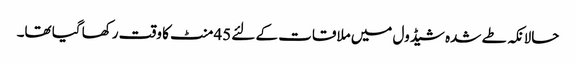
حالانکہ طے شدہ شیڈول میں ملاقات کے لئے 45منٹ کا وقت رکھا گیا تھا۔